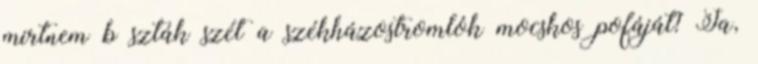
mirtnem b szták szét a székházostromlók mocskos pofáját? Ja,